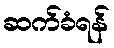
ဆက်ခံရန်